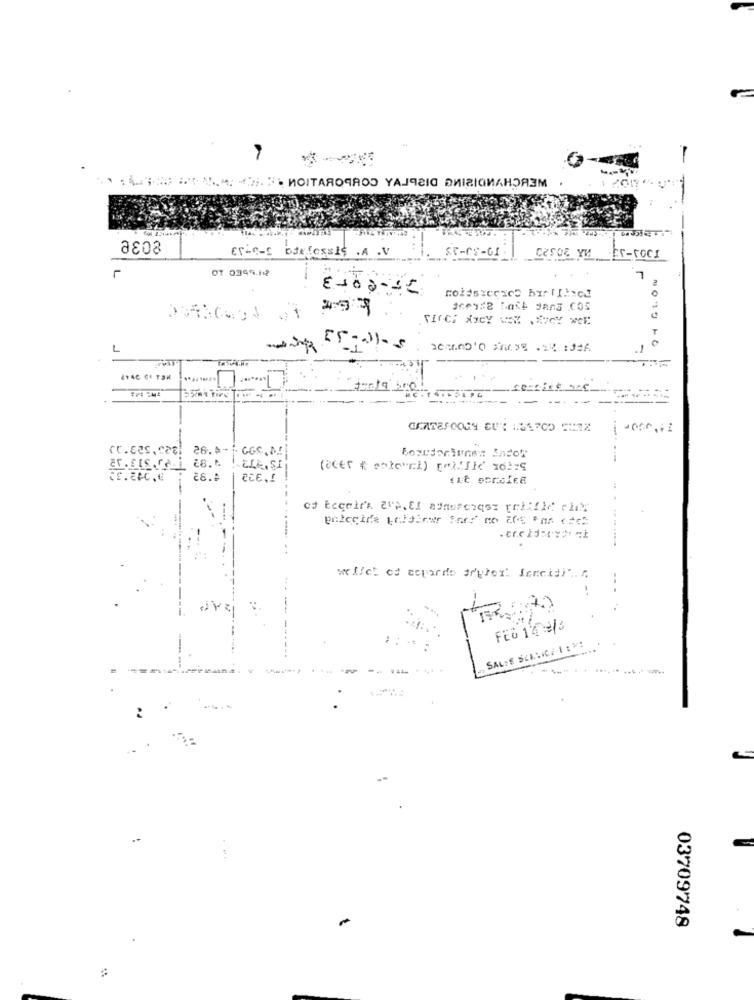
:... > .***. м. "ГЛ.). ИОТТАЯОЧАОО YAJqaIG ДИІІСИЛНОЯЗМ
803e
Erin-s odefessis .A .V
ST-CS-GI
CESDE YM Er-COCI
01 0399.112
L
0
L
service 4of
------
26.6-1. GGC.M .!
(80Er & enteret) Called 2019
CEE ,!
------
--
--
FEB 14 9/3
SALTS SCENIC: 1 ::
:
03709748